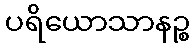
ပရိယောသာနဉ္စ